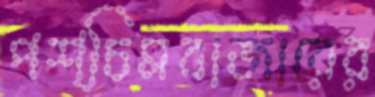
পশ্চিমবাজারের